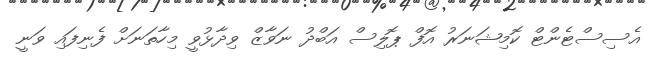
އެސިސްޓެންޓް ކޮމިޝަނަރު އޮފް ޕޮލިސް އަބްދު ނަވާޒް ވިދާޅުވީ މިހާތަނަށް ފެނިފައި ވަނީ